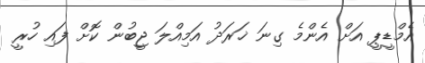
އެމްޑީޕީ އަށް އެންމެ ގިނަ ޚަރަދު އަމިއްލަ ޖީބުން ކޮށް ފައި ހުރީ